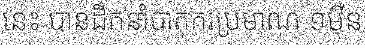
នេះ បានដឹកនាំបាតុករប្រមាណ ១ម៉ឺន